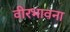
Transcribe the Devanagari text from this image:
वीरभावना